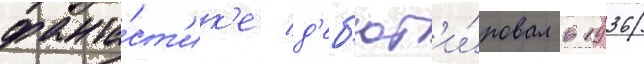
фанта́ст'ик'е д'еб'ют'и́ровал в 1936